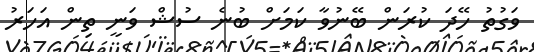
ވަގުތު ހޭދަ ކުރަން ބޭނުވާ ކަމަށް ބުނެ ސުޝް ވަނީ ތިން އަހަރު